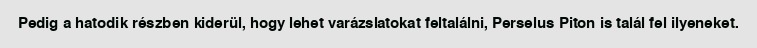
Pedig a hatodik részben kiderül, hogy lehet varázslatokat feltalálni, Perselus Piton is talál fel ilyeneket.